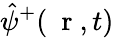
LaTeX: \hat{\psi}^{+}(\mathrm{~\mathbf~r~},t)